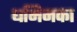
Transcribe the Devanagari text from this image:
धमिनका